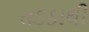
તડકાથી